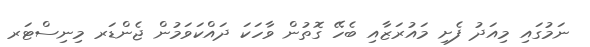
ނަމުގައި މިއަދު ފެށި މައުރަޒާއި ބެހޭ ގޮތުން ވާހަކަ ދައްކަވަމުން ޖެންޑަރ މިނިސްޓަރ